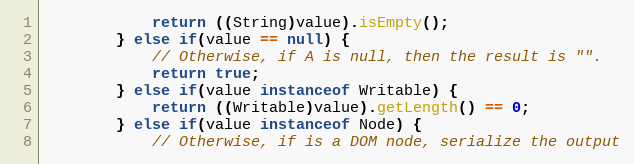
Language: Java
			return ((String)value).isEmpty();
		} else if(value == null) {
			// Otherwise, if A is null, then the result is "".
			return true;
		} else if(value instanceof Writable) {
			return ((Writable)value).getLength() == 0;
		} else if(value instanceof Node) {
			// Otherwise, if is a DOM node, serialize the output